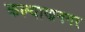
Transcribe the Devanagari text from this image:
कल्याणनगर